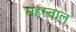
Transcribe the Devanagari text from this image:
सहस्र्ताल